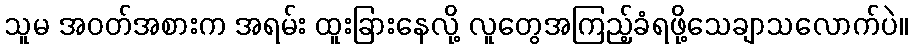
သူမ အဝတ်အစားက အရမ်း ထူးခြားနေလို့ လူတွေအကြည့်ခံရဖို့သေချာသလောက်ပဲ။